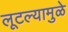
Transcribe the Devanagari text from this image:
लूटल्यामुळे